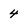
Character: 4